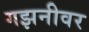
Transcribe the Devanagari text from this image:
गझनीवर